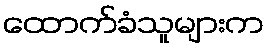
ထောက်ခံသူများက